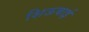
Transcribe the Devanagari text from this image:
शिऊबाई